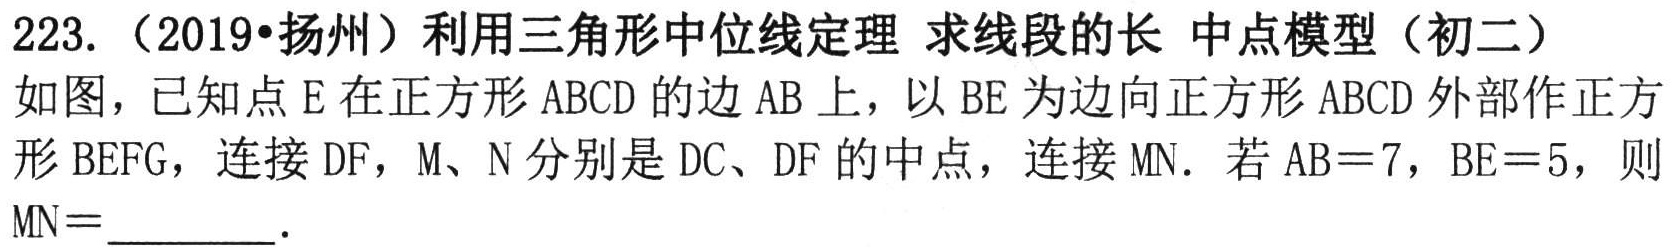
223.（2019•扬州）利用三角形中位线定理 求线段的长 中点模型（初二）

如图，已知点\(E\)在正方形\(ABCD\)的边\(AB\)上，以\(BE\)为边向正方形\(ABCD\)外部作正方形\(BEFG\)，连接\(DF\)，\(M、N\)分别是\(DC、DF\)的中点，连接\(MN\)．若\(AB = 7\)，\(BE = 5\)，则\(MN=\underline{\quad\quad}\)．